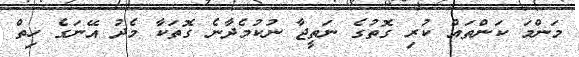
މަންމަ ކަންތައް ކުރި ގޮތުގެ ނަތީޖާ ނުކުމެދާނެ ގޮތަކާ މެދު އޭނަގެ ހިތް